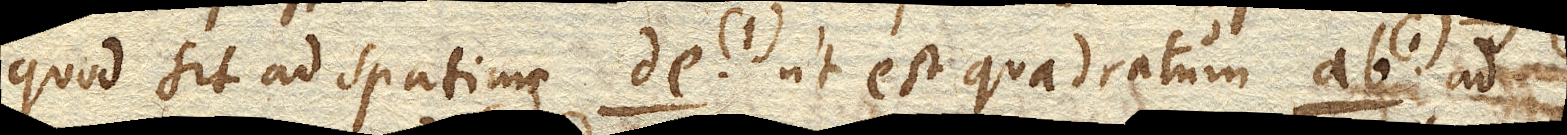
quod sit ad spatium de. (1) ut est quadratum ab. (1) ad